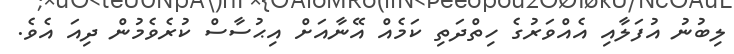
ލިބުނު އުފަލާއި އެއްވަރުގެ ހިތްދަތި ކަމެއް އޭނާއަށް އިޙުސާސް ކުރެވެމުން ދިއަ އެވެ.